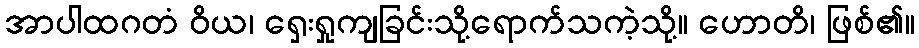
အာပါထဂတံ ဝိယ၊ ရှေးရှုကျခြင်းသို့ရောက်သကဲ့သို့။ ဟောတိ၊ ဖြစ်၏။